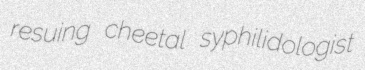
resuing cheetal syphilidologist